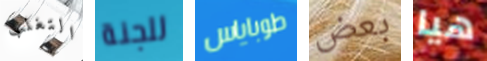
التغلب للجنة طوباياس بعض هيا